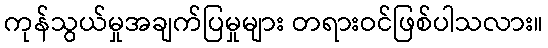
ကုန်သွယ်မှုအချက်ပြမှုများ တရားဝင်ဖြစ်ပါသလား။